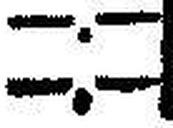
—.—